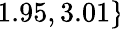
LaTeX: \! \! \! \! \! \! \! \! \! \! \! \! \! \overline{{\epsilon}}_{r}\! \! =\! \! \{ 1.95,3.01\} \!